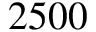
2 5 0 0